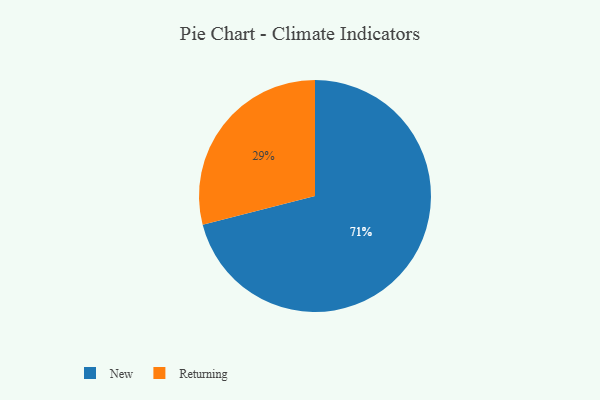
{"axis": {"x": "Category", "y": "Percentage"}, "legend": ["New", "Returning"], "data": [{"x": "Returning", "y": 29, "type": "Returning"}, {"x": "New", "y": 71, "type": "New"}]}